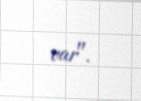
var".